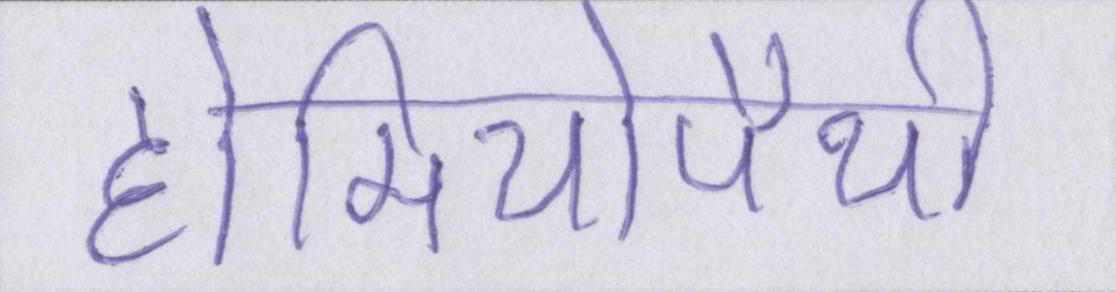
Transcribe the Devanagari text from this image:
होमियोपैथी